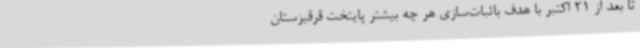
تا بعد از 21 اکتبر با هدف باثبات‌سازی هر چه بیشتر پایتخت قرقیزستان